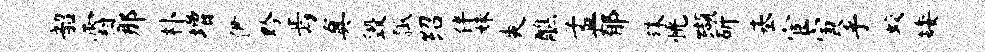
韶霜那朴增伊黔焉真毁瓢绍伴姝爽醮孟郁殊恍缬斫基宦寅乎蛟矮